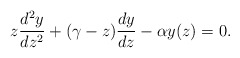
\begin{align*}z\frac{d^{2}y}{dz^{2}}+(\gamma-z)\frac{dy}{dz}-\alpha y(z)=0.\end{align*}